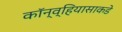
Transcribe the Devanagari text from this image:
कॉन्व्हियासाकडे